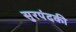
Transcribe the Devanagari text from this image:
सुरपंदकी